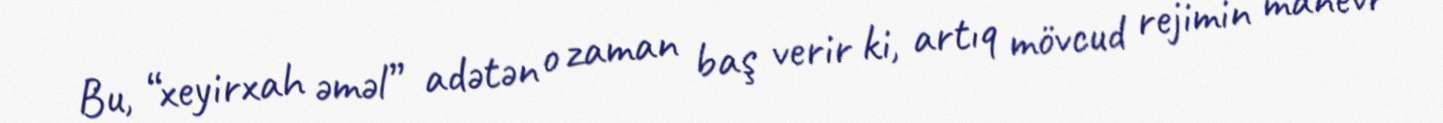
Bu, “xeyirxah əməl” adətən o zaman baş verir ki, artıq mövcud rejimin manevr